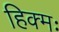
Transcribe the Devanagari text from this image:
हिक्मः